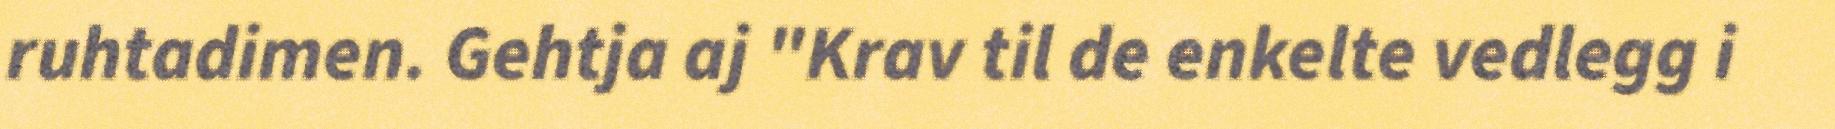
ruhtadimen. Gehtja aj "Krav til de enkelte vedlegg i